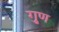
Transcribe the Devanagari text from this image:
गु्ण